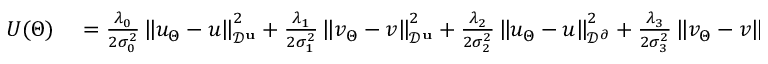
\begin{array} { r l } { U ( \Theta ) } & { { } = \frac { \lambda _ { 0 } } { 2 \sigma _ { 0 } ^ { 2 } } \left\| u _ { \Theta } - u \right\| _ { \mathcal { D } ^ { \mathbf { u } } } ^ { 2 } + \frac { \lambda _ { 1 } } { 2 \sigma _ { 1 } ^ { 2 } } \left\| v _ { \Theta } - v \right\| _ { \mathcal { D } ^ { \mathbf { u } } } ^ { 2 } + \frac { \lambda _ { 2 } } { 2 \sigma _ { 2 } ^ { 2 } } \left\| u _ { \Theta } - u \right\| _ { \mathcal { D } ^ { \partial } } ^ { 2 } + \frac { \lambda _ { 3 } } { 2 \sigma _ { 3 } ^ { 2 } } \left\| v _ { \Theta } - v \right\| _ { \mathcal { D } ^ { \partial } } ^ { 2 } } \end{array}